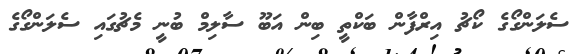
ސެލަންގޯގެ ކޯޗު އިރްފާން ބަކްތީ ބިން އަބޫ ސާލިމް ބުނީ މެޗުގައި ސެލަންގޯގެ